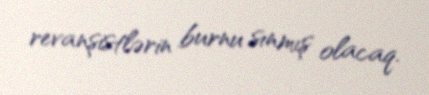
revanşistlərin burnu sınmış olacaq.